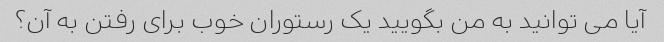
آیا می توانید به من بگویید یک رستوران خوب برای رفتن به آن؟